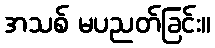
အသစ် မပညတ်ခြင်း။